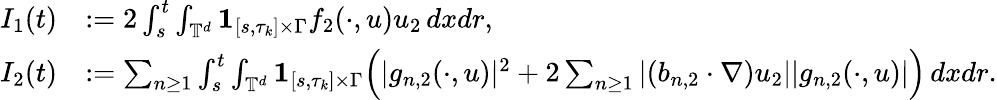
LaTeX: \begin{array}{rl}{I_{1}(t)}&{:=2\int_{s}^{t}\int_{\mathbb{T}^{d}}{{\mathbf 1}}_{[s,\tau_{k}]\times\Gamma}f_{2}(\cdot,u)u_{2}\, dxdr,}\\ {I_{2}(t)}&{:=\sum_{n\geq 1}\int_{s}^{t}\int_{\mathbb{T}^{d}}{{\mathbf 1}}_{[s,\tau_{k}]\times\Gamma}\Big(|g_{n,2}(\cdot,u)|^{2}+2\sum_{n\geq 1}|(b_{n,2}\cdot\nabla)u_{2}||g_{n,2}(\cdot,u)|\Big)\, dxdr.}\end{array}